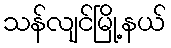
သန်လျင်မြို့နယ်